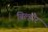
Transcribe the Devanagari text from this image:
बिल्‍हौर